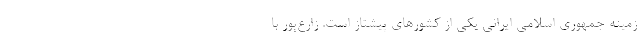
زمینه جمهوری اسلامی ایرانی یکی از کشورهای پیشتاز است. زارع‌پور با